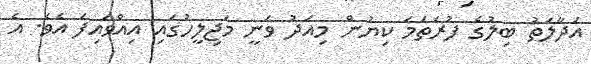
އަދާލަތު ބިލުގެ ފުރަތަމަ ކިޔުން މިއަދު ވަނީ މަޖިލީހުގައި އިއްވައިފަ އެވެ. އެ